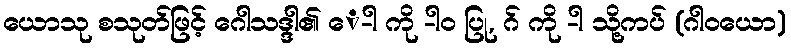
ယောသု စသုတ်ဖြင့် ဂေါသဒ္ဒါ၏ ေ-ါ ကို -ါဝ ပြု, ဂ် ကို -ါ သို့ကပ် (ဂါဝယော)